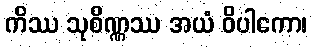
ကိဿ သုစိဏ္ဏဿ အယံ ဝိပါကော၊